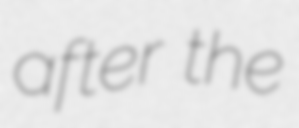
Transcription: after the